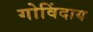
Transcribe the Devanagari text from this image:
गोविंदाय